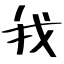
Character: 我